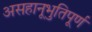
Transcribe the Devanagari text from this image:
असहानूभुतिपूर्ण